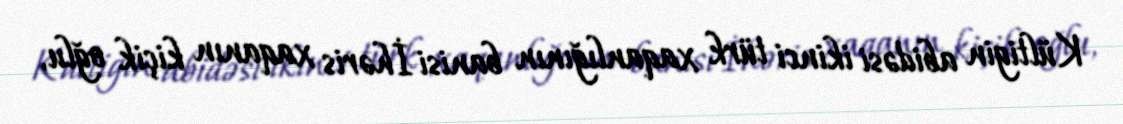
Kültigin abidəsi ikinci türk xaqanlığının banisi İhəris xaqanın kiçik oğlu,